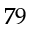
7 9